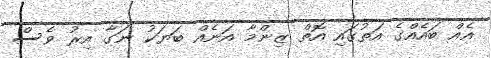
އެއް ބައެއްގެ އަތުގައި އޮތް ޒިންމާ އަނެއް ބަޔަކު ނަގާ އިރު ވެސް